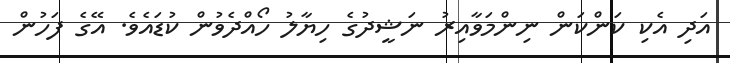
އަދި އެކި ކަަންކަން ނިންމަވާއިރު ނަޝީދުގެ ހިޔާލު ހޯއްދެވުން ކުޑައެވެ. އޭގެ ފަހުން